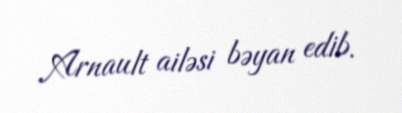
Arnault ailəsi bəyan edib.